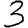
Digit: 3